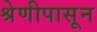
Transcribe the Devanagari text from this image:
श्रेणीपासून